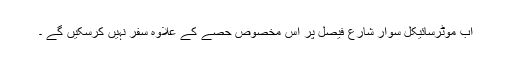
اب موٹرسائیکل سوار شارع فیصل پر اس مخصوص حصے کے علاوہ سفر نہیں کرسکیں گے ۔